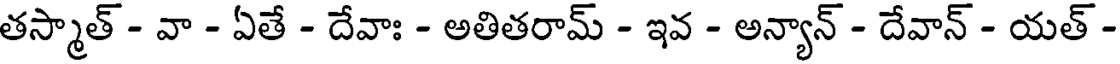
తస్మాత్ - వా - ఏతే - దేవాః - అతితరామ్ - ఇవ - అన్యాన్ - దేవాన్ - యత్ -